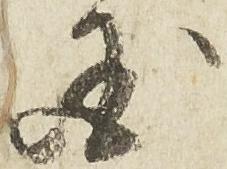
国